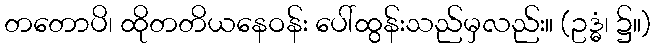
တတောပိ၊ ထိုတတိယနေဝန်း ပေါ်ထွန်းသည်မှလည်း။ (ဥဒ္ဓံ၊ ၌။)